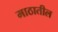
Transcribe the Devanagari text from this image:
माठातील